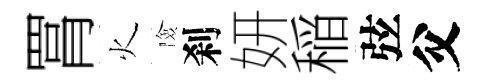
罥火險刹妍稲弦父